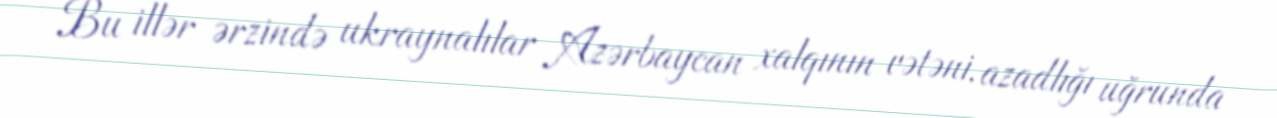
Bu illər ərzində ukraynalılar Azərbaycan xalqının vətəni, azadlığı uğrunda